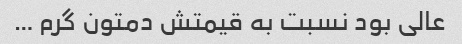
عالی بود نسبت به قیمتش دمتون گرم …